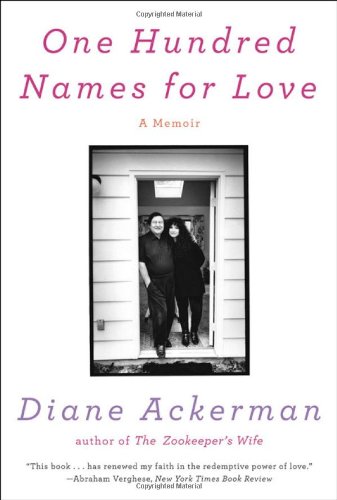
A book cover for One Hundred Names for Love: A Memoir; Diane Ackerman; Health, Fitness & Dieting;